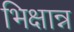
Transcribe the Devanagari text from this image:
भिक्षान्न